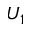
U _ { 1 }